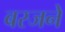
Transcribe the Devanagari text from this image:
बस्जने